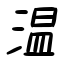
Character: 温